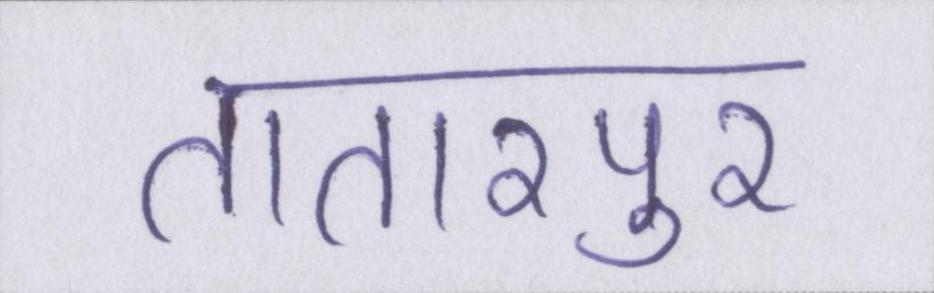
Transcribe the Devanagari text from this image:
तातारपुर